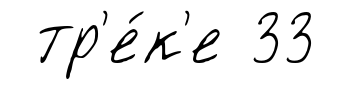
тр'е́к'е 33